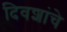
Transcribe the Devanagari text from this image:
दिवशांचे